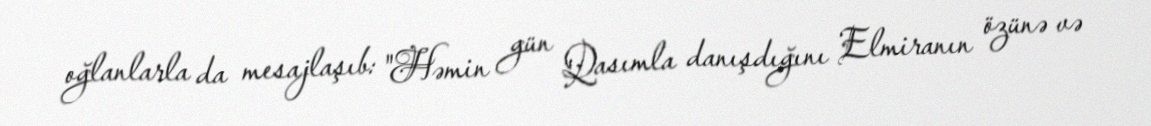
oğlanlarla da mesajlaşıb: "Həmin gün Qasımla danışdığını Elmiranın özünə və